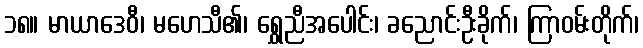
၁၈။ မာယာဒေဝီ၊ မဟေသီ၏၊ ရွှေညီအပေါင်း၊ ခညောင်းဦးခိုက်၊ ကြာဝမ်းတိုက်၊